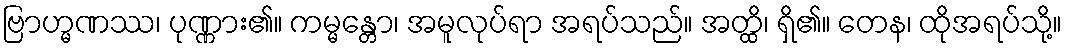
ဗြာဟ္မဏဿ၊ ပုဏ္ဏား၏။ ကမ္မန္တော၊ အမူလုပ်ရာ အရပ်သည်။ အတ္ထိ၊ ရှိ၏။ တေန၊ ထိုအရပ်သို့။